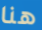
هنا